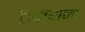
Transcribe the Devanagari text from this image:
ठकराना